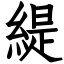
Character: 緹